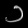
Digit: ၁